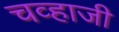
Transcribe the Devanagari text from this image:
चव्हाजी